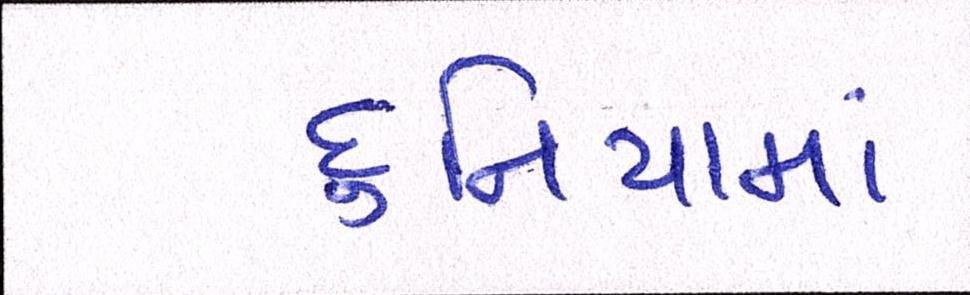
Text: દુનિયામાં